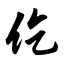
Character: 仡